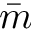
\bar { m }